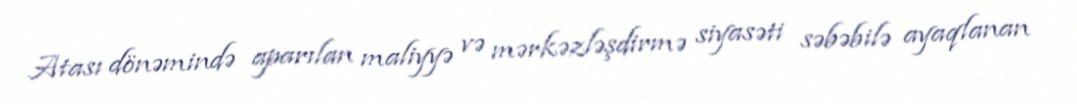
Atası dönəmində aparılan maliyyə və mərkəzləşdirmə siyasəti səbəbilə ayaqlanan